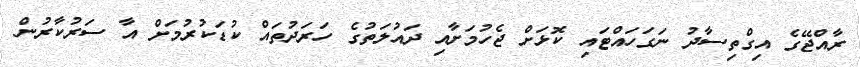
ރާއްޖޭގެ އިގްތިސާދު ނަގަހައްޓައި ކޮޅަށް ޖެހުމަށާއި ދައުލަތުގެ ހަރަދުތައް ކުޑަކުރުމަށް އާ ސަރުކާރުން